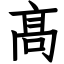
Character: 髙